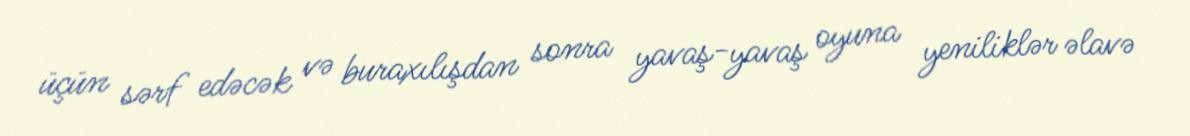
üçün sərf edəcək və buraxılışdan sonra yavaş-yavaş oyuna yeniliklər əlavə